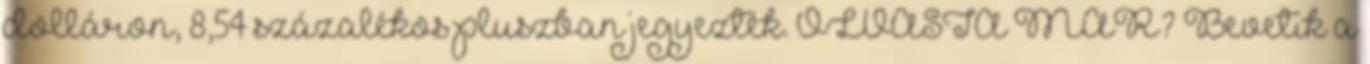
dolláron, 8,54 százalékos pluszban jegyezték. OLVASTA MÁR? Bevetik a